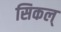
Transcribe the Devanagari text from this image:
सिकल्